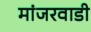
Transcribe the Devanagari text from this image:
मांजरवाडी